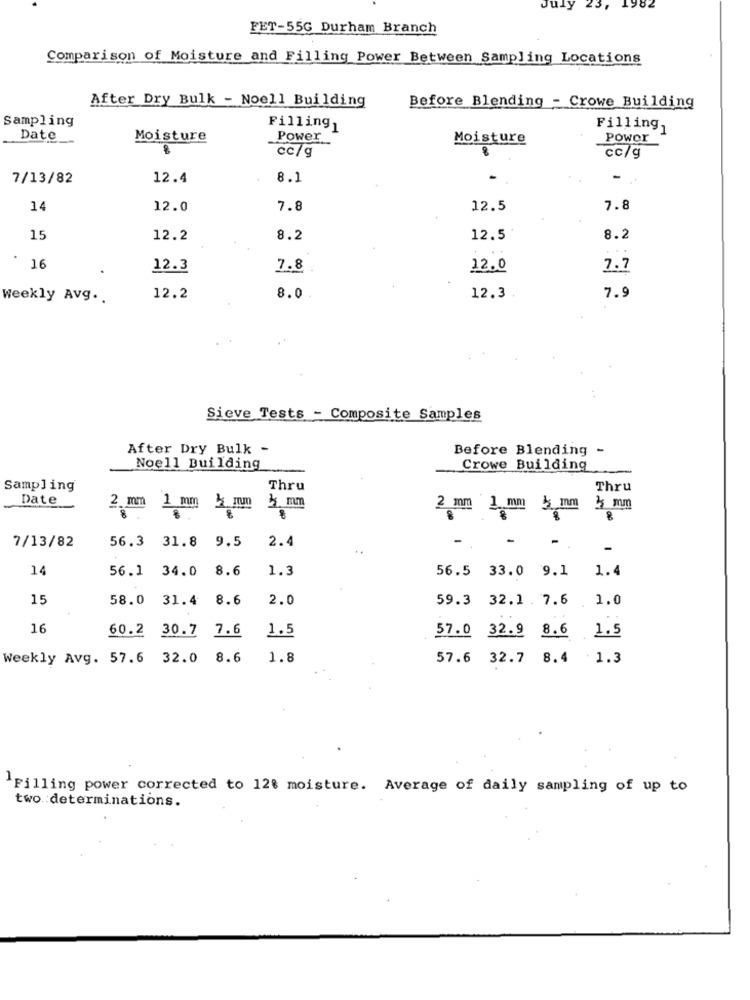
July 23, 1982
FET-55G Durham Branch
Comparison of Moisture and Filling Power Between Sampling Locations
After Dry Bulk - Noell Building
Before Blending - Crowe Building
Sampling
Filling1
Filling,
Date
Moisture
Power
Moisture
Power
cc/g
cc/g
7/13/82
12.4
8.1
-
14
12.0
7.8
12.5
7.8
15
12.2
8.2
12.5
8.2
16
12.3
7.8
12.0
7.7
Weekly Avg ..
12.2
8.0
12.3
7.9
Sieve Tests - Composite Samples
After Dry Bulk -
Before Blending-
Noell Building
Crowe Building
Sampling
Thru
Thru
Date
3 mm
2 mm 1 mm | mm
2 mm 1 mm mm
25 mm
. .
7/13/82
56.3 31.8 9.5
2.4
-
-
-
14
56.1 34.0
8.6
1.3
1.4
56.5 33.0 9.1
15
58.0
31.4 8.6
2.0
59.3 32.1 . 7.6 1.0
16
60.2
30.7 7.6
1.5
57.0 32.9 8.6 1.5
Weekly Avg. 57.6 32.0 8.6
1.8
57.6 32.7 8.4 1.3
Filling power corrected to 128 moisture. Average of daily sampling of up to
two. determinations.